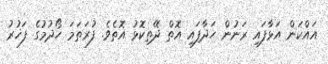
އައްކަން އަޅާފައި ރަނުން ހަދާފައި އޮތް ދޭތިކޮޅު އޮތެވެ. ފުރަތަމަ ހޯދުމުގެ ފަޚުރު